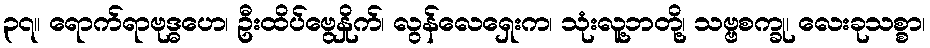
၃၇။ ရောက်ရာဗုဒ္ဓဟေ၊ ဦးထိပ်ဗွေနှိုက်၊ လွန်လေရှေးက၊ သုံးလူ့ဘတို့၊ သဗ္ဗစက္ခု၊ လေးခုသစ္စာ၊